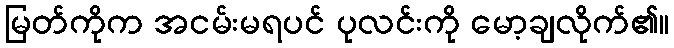
မြတ်ကိုက အငမ်းမရပင် ပုလင်းကို မော့ချလိုက်၏။